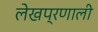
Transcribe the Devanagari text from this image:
लेखप्रणाली